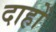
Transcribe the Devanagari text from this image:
दाहों